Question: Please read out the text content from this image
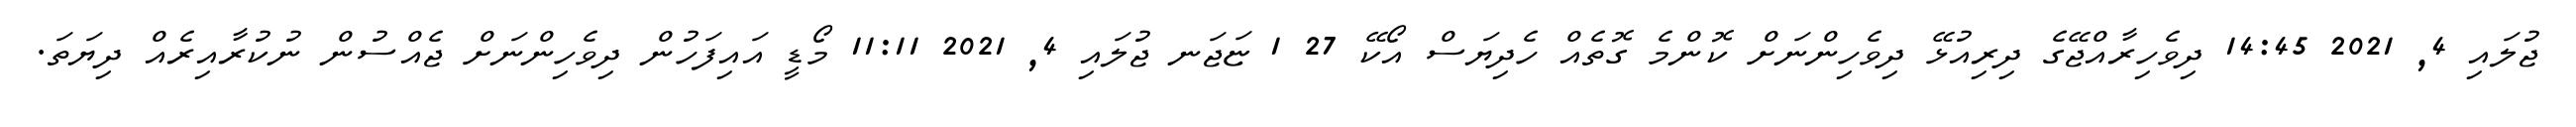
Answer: ޖުލައި 4, 2021 14:45 ދިވެހިރާއްޖޭގެ ދިރިއުޅޭ ދިވެހިންނަށް ކޮންމެ ގޮތެއް ހެދިޔަސް އޯކޭ 27 1 ޏަޖަނ ޖުލައި 4, 2021 11:11 މޯޑީ އައިފަހުން ދިވެހިންނަށް ޖެއްސުން ނުކުރާއިރެއް ދިޔަތަ.